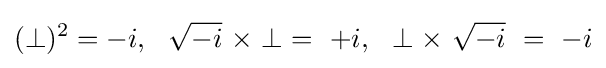
(\perp )^{2}=-i,\ \ {\sqrt {-i}}\ \times \perp \ =\ +i,\ \ \perp \times \ {\sqrt {-i}}\ =\ -i